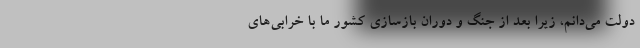
دولت می‌دانم، زیرا بعد از جنگ و دوران بازسازی کشور ما با خرابی‌های